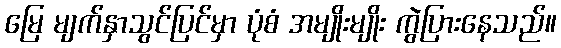
မြေ မျက်နှာသွင်ပြင်မှာ ပုံစံ အမျိုးမျိုး ကွဲပြားနေသည်။